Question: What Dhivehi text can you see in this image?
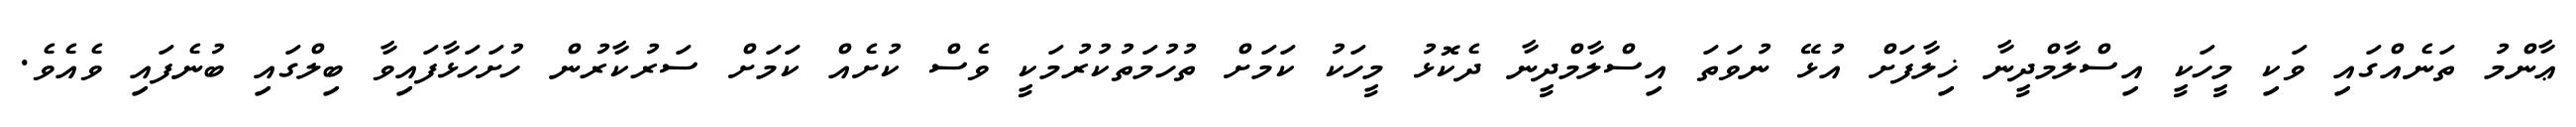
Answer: ޢާންމު ތަނެއްގައި ވަކި މީހަކީ އިސްލާމްދީނާ ޚިލާފަށް އުޅޭ ނުވަތަ އިސްލާމްދީނާ ދެކޮޅު މީހަކު ކަމަށް ތުހުމަތުކުރުމަކީ ވެސް ކުށެއް ކަމަށް ސަރުކާރުން ހުށަހަޅާފައިވާ ބިލްގައި ބުނެފައި ވެއެވެ.